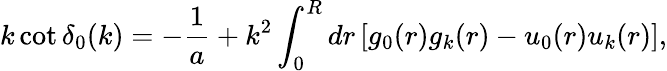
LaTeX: k\cot\delta_{0}(k)=-\frac{1}{a}+k^{2}\int_{0}^{R}dr\, [g_{0}(r)g_{k}(r)-u_{0}(r)u_{k}(r)],